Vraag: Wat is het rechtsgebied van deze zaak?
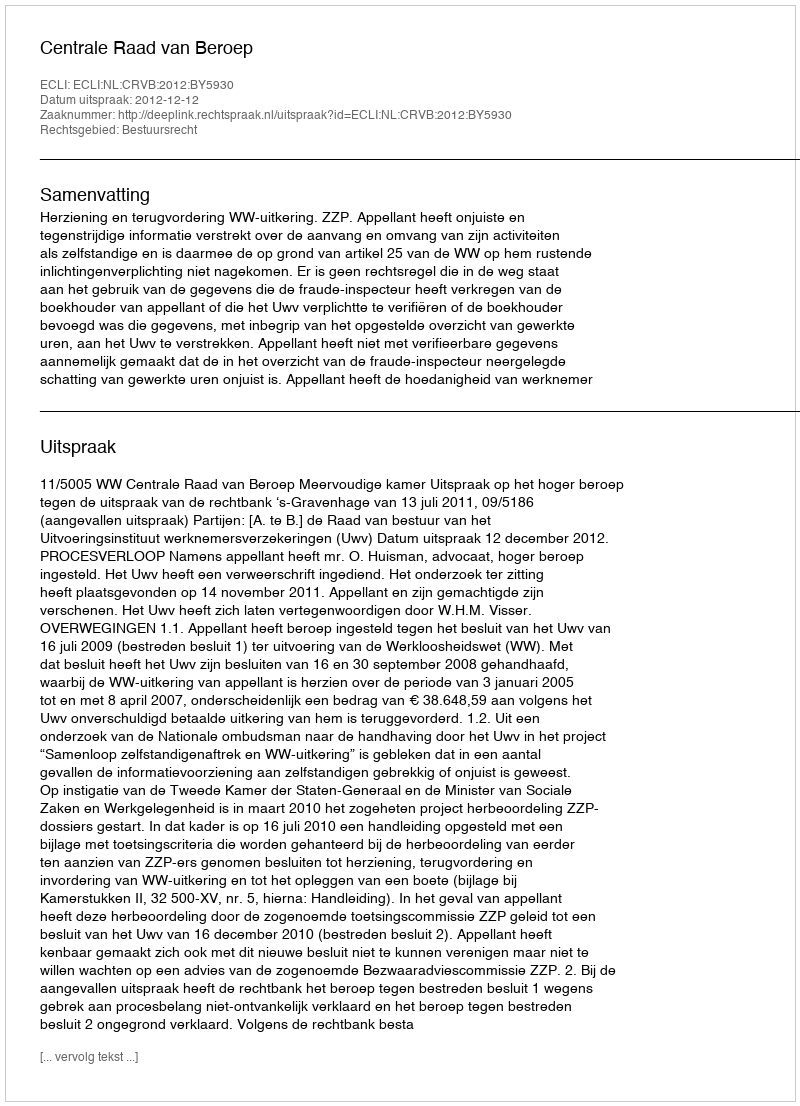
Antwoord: Bestuursrecht